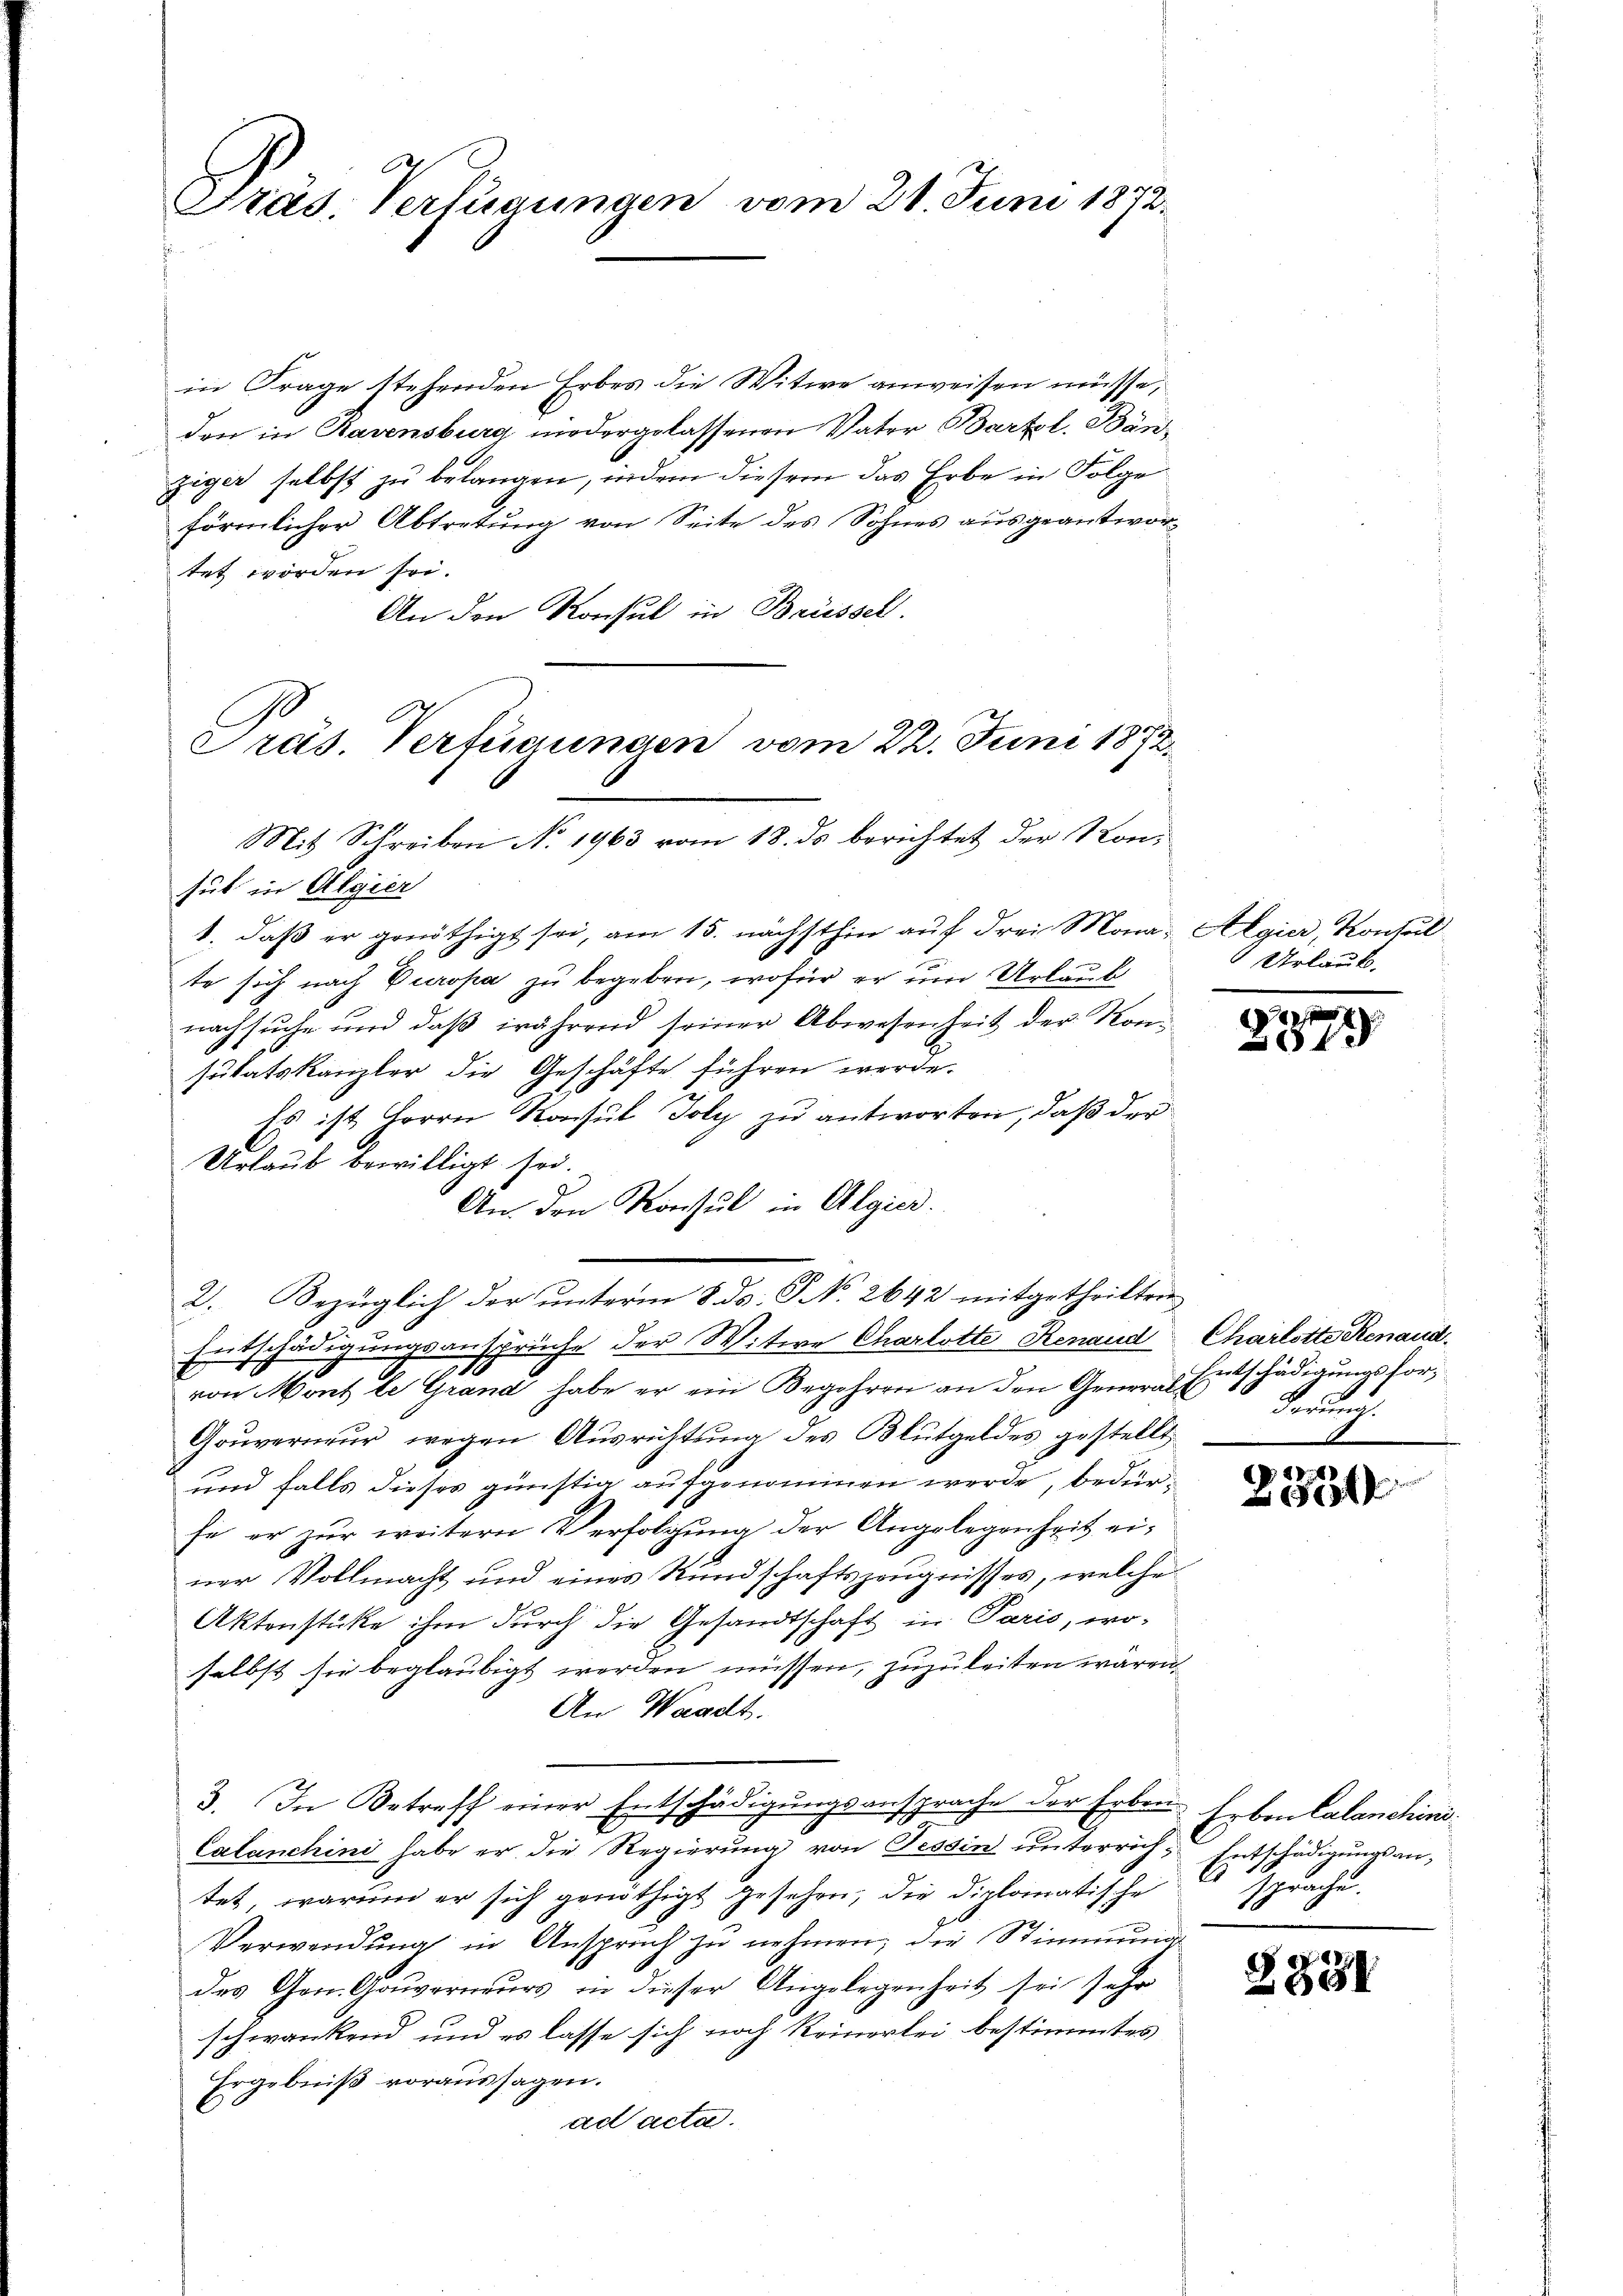
Präs. Verfügungen vom 21. Juni 1872.

in Frage stehenden Erbes die Witwe anweisen müsse,
den in Ravensburg niedergelassenen Vater Bartol. Bänziger selbst zu belangen, indem diesem das Erbe in Folge
förmlicher Abtretung von Seite des Sohnes ausgeantwortet worden sei.
An den Konsul in Brüssel.

Präs. Verfügungen vom 22. Juni 1872.
Mit Schreiben No. 1963 vom 18. ds berichtet der Kon¬

2. Bezüglich der unterm 8. ds. S No. 2642 mitgetheilten
Entschädigungsansprüche der Witwe Charlotte Renaud Charlotte Renaud

sub in Algier
1. daß er genöthigt sei, am 15. nächsthin auf drei Mona- Algier, Konsul
te sich nach Europa zu begeben, wofür er um Urlaub
nachsuche und daß während seiner Abwesenheit der Konsutatskanzler die Geschäfte führen werde.
Es ist Herrn Konsul Joly zu antworten, daß der
Urlaub bewilligt sei.
An den Konsul in Algier.
von Mont le Grand habe er ein Begehren an den General Entschädigungsfor¬
Gouverneur, wegen Ausrichtung des Blutgeldes gestellt
und falls dieses günstig aufgenommen werde, bedürfe er zur weitern Verfolgung der Angelegenheit einer Vollmacht und eines Rundschaftszeugnisses, welche
Aktenstücke ihm durch die Gesandtschaft in Paris, wo-
selbst sie beglaubigt werden müssen, zuzuleiten wären.
An Waadt.
3. In Betreff einer Entschädigungsansprache der Erben Erben Calanchini¬
Calanchini habe er die Regierung von Tessin unterrich-Entschädigungsantet, warum er sich genöthigt gesehen, die diplomatische
Verwendŭng in Anspruch zŭ nehmen; die Stimmunge
des Gen. Gouverneurs in dieser Angelegenheit sei sehr
schwankend und es lasse sich noch Reinerlei bestimmtes
Ergebniß voraussagen.
ad acta.

Urlaub.

2279

Ferung.

.
6

S
sprachen.
1.

2381